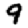
Digit: 9